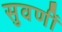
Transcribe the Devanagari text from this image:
सुवर्णी